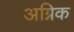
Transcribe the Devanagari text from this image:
अग्निक